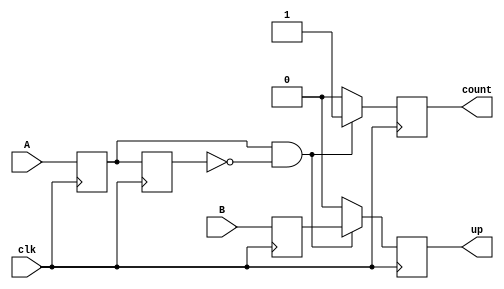
//
// Copyright (c) 2015 Thomas R. Murphy and Case Western Reserve University
// All Rights Reserved
//
// Developed by Thomas Russell Murphy (trm70) during employment as teaching
// assistant of EECS 301 at CWRU.
//
// THIS SOFTWARE IS PROVIDED BY THE COPYRIGHT HOLDERS AND CONTRIBUTORS ``AS IS''
// AND ANY EXPRESS OR IMPLIED WARRANTIES, INCLUDING, BUT NOT LIMITED TO, THE
// IMPLIED WARRANTIES OF MERCHANTABILITY AND FITNESS FOR A PARTICULAR PURPOSE ARE
// DISCLAIMED. IN NO EVENT SHALL THE COPYRIGHT HOLDER OR CONTRIBUTORS BE LIABLE FOR
// ANY DIRECT, INDIRECT, INCIDENTAL, SPECIAL, EXEMPLARY, OR CONSEQUENTIAL DAMAGES
// (INCLUDING, BUT NOT LIMITED TO, PROCUREMENT OF SUBSTITUTE GOODS OR SERVICES;
// LOSS OF USE, DATA, OR PROFITS; OR BUSINESS INTERRUPTION) HOWEVER CAUSED AND ON
// ANY THEORY OF LIABILITY, WHETHER IN CONTRACT, STRICT LIABILITY, OR TORT
// (INCLUDING NEGLIGENCE OR OTHERWISE) ARISING IN ANY WAY OUT OF THE USE OF THIS
// SOFTWARE, EVEN IF ADVISED OF THE POSSIBILITY OF SUCH DAMAGE.
//

module quadrature_decode
       (
           input wire clk,
           input wire A,
           input wire B,
           output reg count,
           output reg up
       );
// Note: added from lab2_ref

reg sA, sB; // Synchronized versions of A and B
reg last_sA;

always @( posedge clk ) begin
    sA <= A;
    sB <= B;
    last_sA <= sA;

    // Rising edge of A detect
    if ( sA & ~last_sA ) begin
        count <= 1'b1; // send count out
        up <= sB; // sB high is positive rotation, count up
    end
    else begin
        count <= 1'b0;
        up <= 1'b0;
    end
end

endmodule